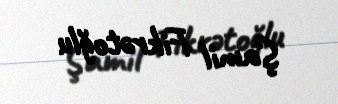
Şamil Fikrətoğlu